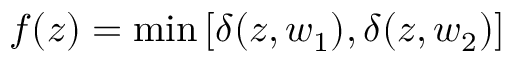
f ( z ) = \operatorname* { m i n } \left[ \delta ( z , w _ { 1 } ) , \delta ( z , w _ { 2 } ) \right]